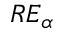
R E _ { \alpha }